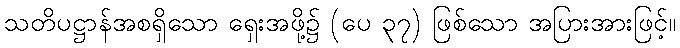
သတိပဋ္ဌာန်အစရှိသော ရှေးအဖို့၌ (ပေ ၃၇) ဖြစ်သော အပြားအားဖြင့်။